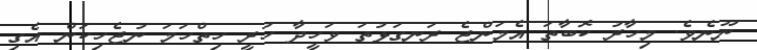
ނޫނެވެ. މިހާރު ކޮބާތަ އެމަންޖެ ރަނގަޅުތަ ވަހީދާ ހުރީ ހިތްހަމަ ނުޖެހިކަން އެގި